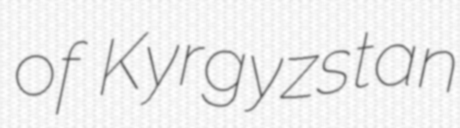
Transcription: of Kyrgyzstan